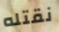
نقتله